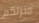
منزلكم